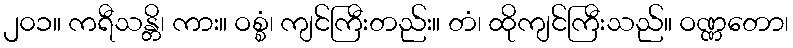
၂၀၁။ ကရီသန္တိ၊ ကား။ ဝစ္စံ၊ ကျင်ကြီးတည်း။ တံ၊ ထိုကျင်ကြီးသည်။ ဝဏ္ဏတော၊